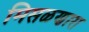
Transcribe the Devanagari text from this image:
मिसळणारा